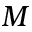
M